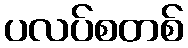
ပလပ်စတစ်